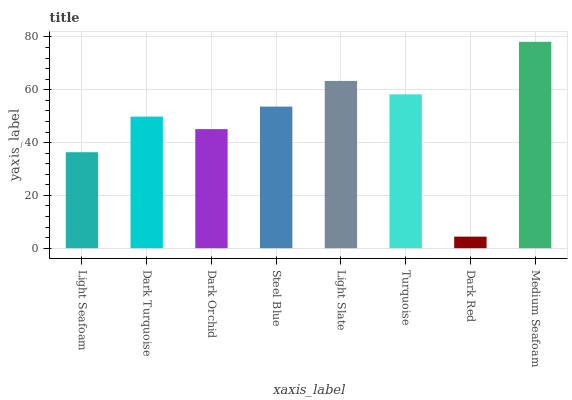
| xaxis_label | bars |
 | --- | --- |
 | Light Seafoam | 36.4 |
 | Dark Turquoise | 49.8 |
 | Dark Orchid | 45.1 |
 | Steel Blue | 53.6 |
 | Light Slate | 63.3 |
 | Turquoise | 58.3 |
 | Dark Red | 4.38 |
 | Medium Seafoam | 78.2 |